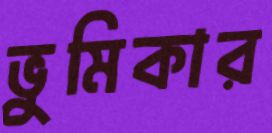
ভুমিকার